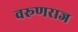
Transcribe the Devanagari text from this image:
वरूणराज